Madras plague regulations and rules - Volume 1
Disease focus: Plague
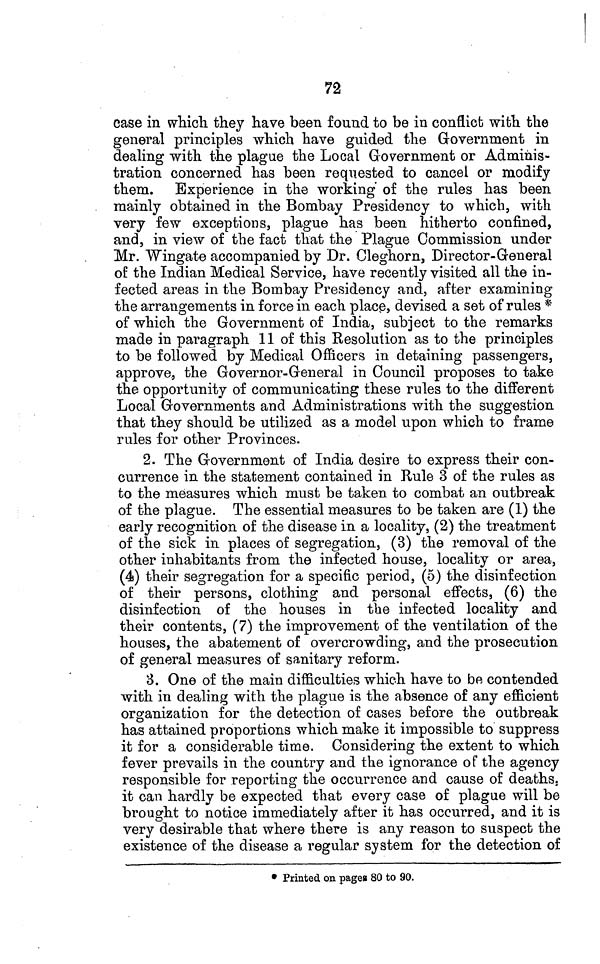
72
case in which they have been found to be in conflict with the
general principles which have guided the Government in
dealing with the plague the Local Government or Adminis-
tration concerned has been requested to cancel or modify
them. Experience in the working of the rules has been
mainly obtained in the Bombay Presidency to which, with
very few exceptions, plague has been hitherto confined,
and, in view of the fact that the Plague Commission under
Mr. Wingate accompanied by Dr. Cleghorn, Director-General
of the Indian Medical Service, have recently visited all the in-
fected areas in the Bombay Presidency and, after examining
the arrangements in force in each place, devised a set of rules *
of which the Government of India, subject to the remarks
made in paragraph 11 of this Resolution as to the principles
to be followed by Medical Officers in detaining passengers,
approve, the Governor-General in Council proposes to take
the opportunity of communicating these rules to the different
Local Governments and Administrations with the suggestion
that they should be utilized as a model upon which to frame
rules for other Provinces.
2. The Government of India desire to express their con-
currence in the statement contained in Rule 3 of the rules as
to the measures which must be taken to combat an outbreak
of the plague. The essential measures to be taken are (1) the
early recognition of the disease in a locality, (2) the treatment
of the sick in places of segregation, (3) the removal of the
other inhabitants from the infected house, locality or area,
(4) their segregation for a specific period, (5) the disinfection
of their persons, clothing and personal effects, (6) the
disinfection of the houses in the infected locality and
their contents, (7) the improvement of the ventilation of the
houses, the abatement of overcrowding, and the prosecution
of general measures of sanitary reform.
3. One of the main difficulties which have to be contended
with in dealing with the plague is the absence of any efficient
organization for the detection of cases before the outbreak
has attained proportions which make it impossible to suppress
it for a considerable time. Considering the extent to which
fever prevails in the country and the ignorance of the agency
responsible for reporting the occurrence and cause of deaths,
it can hardly be expected that every case of plague will be
brought to notice immediately after it has occurred, and it is
very desirable that where there is any reason to suspect the
existence of the disease a regular system for the detection of
* Printed on pages 80 to 90.